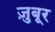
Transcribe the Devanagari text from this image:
ज़ुबूर